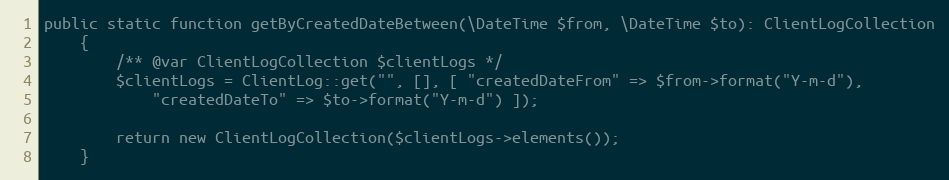
Language: PHP
public static function getByCreatedDateBetween(\DateTime $from, \DateTime $to): ClientLogCollection
    {
        /** @var ClientLogCollection $clientLogs */
        $clientLogs = ClientLog::get("", [], [ "createdDateFrom" => $from->format("Y-m-d"),
            "createdDateTo" => $to->format("Y-m-d") ]);

        return new ClientLogCollection($clientLogs->elements());
    }